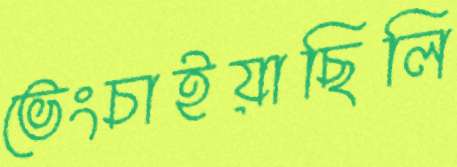
ভেংচাইয়াছিলি